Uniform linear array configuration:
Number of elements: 32
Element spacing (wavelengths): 0.25
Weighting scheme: exponential
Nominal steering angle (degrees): -45
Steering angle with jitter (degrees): -46.124
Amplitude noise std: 0.05
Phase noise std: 0.05

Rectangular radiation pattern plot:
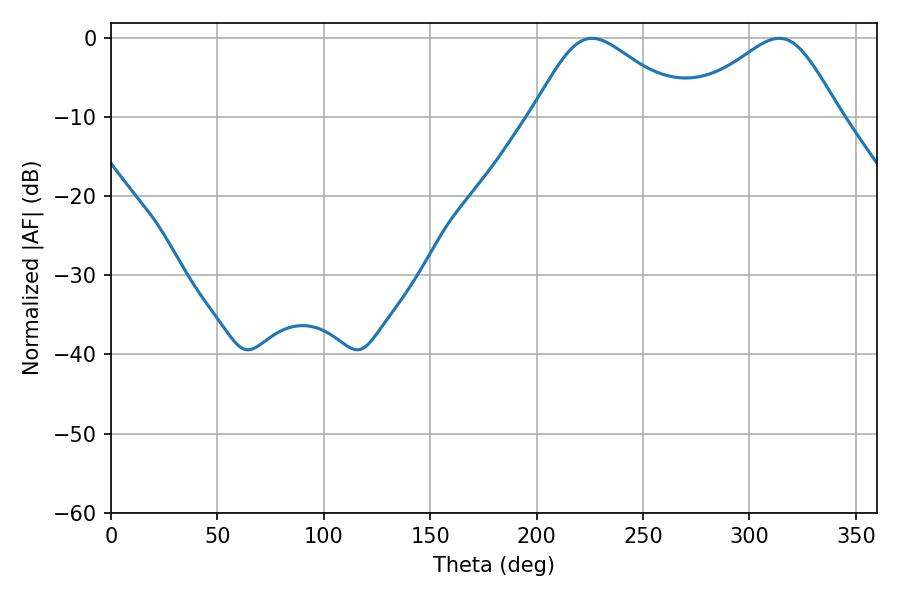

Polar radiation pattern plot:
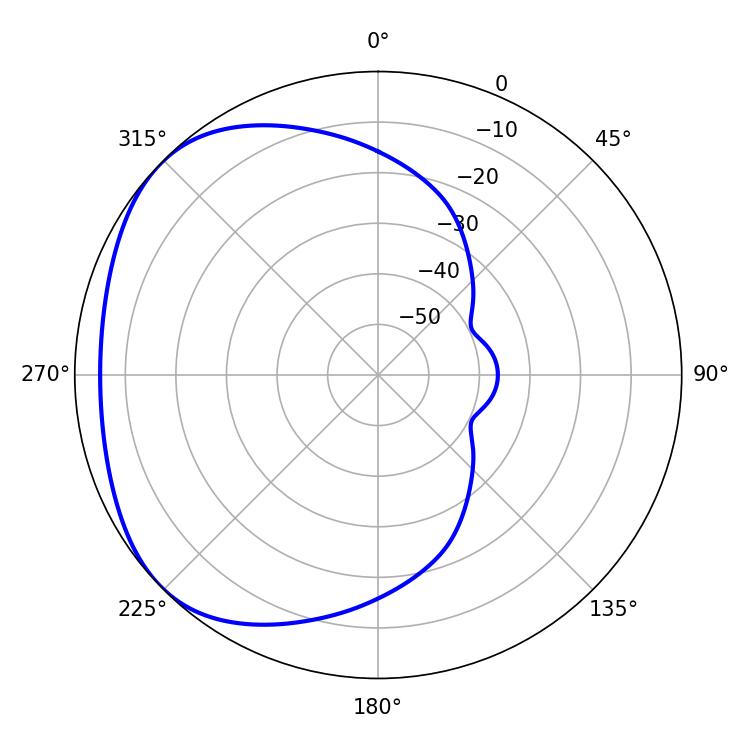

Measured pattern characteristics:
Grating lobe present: FALSE
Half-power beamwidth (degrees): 36.18
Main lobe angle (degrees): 226.08